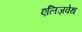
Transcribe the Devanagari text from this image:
एलिज़वेथ